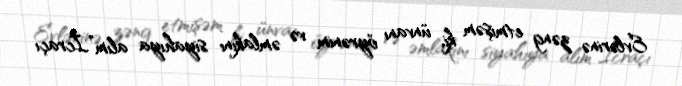
Evlərinə zəng etmişəm ki, ünvanı öyrənim və əmlakını siyahıya alım”.İcraçı